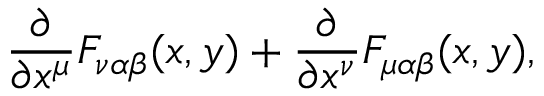
\frac { \partial } { \partial x ^ { \mu } } F _ { \nu \alpha \beta } ( x , y ) + \frac { \partial } { \partial x ^ { \nu } } F _ { \mu \alpha \beta } ( x , y ) ,